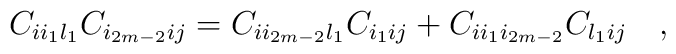
C_{ii_1l_1}C_{i_{2m-2}ij}=C_{ii_{2m-2}l_1}C_{i_1ij}+C_{ii_1i_{2m-2}}C_{l_1ij}                                    \quad ,